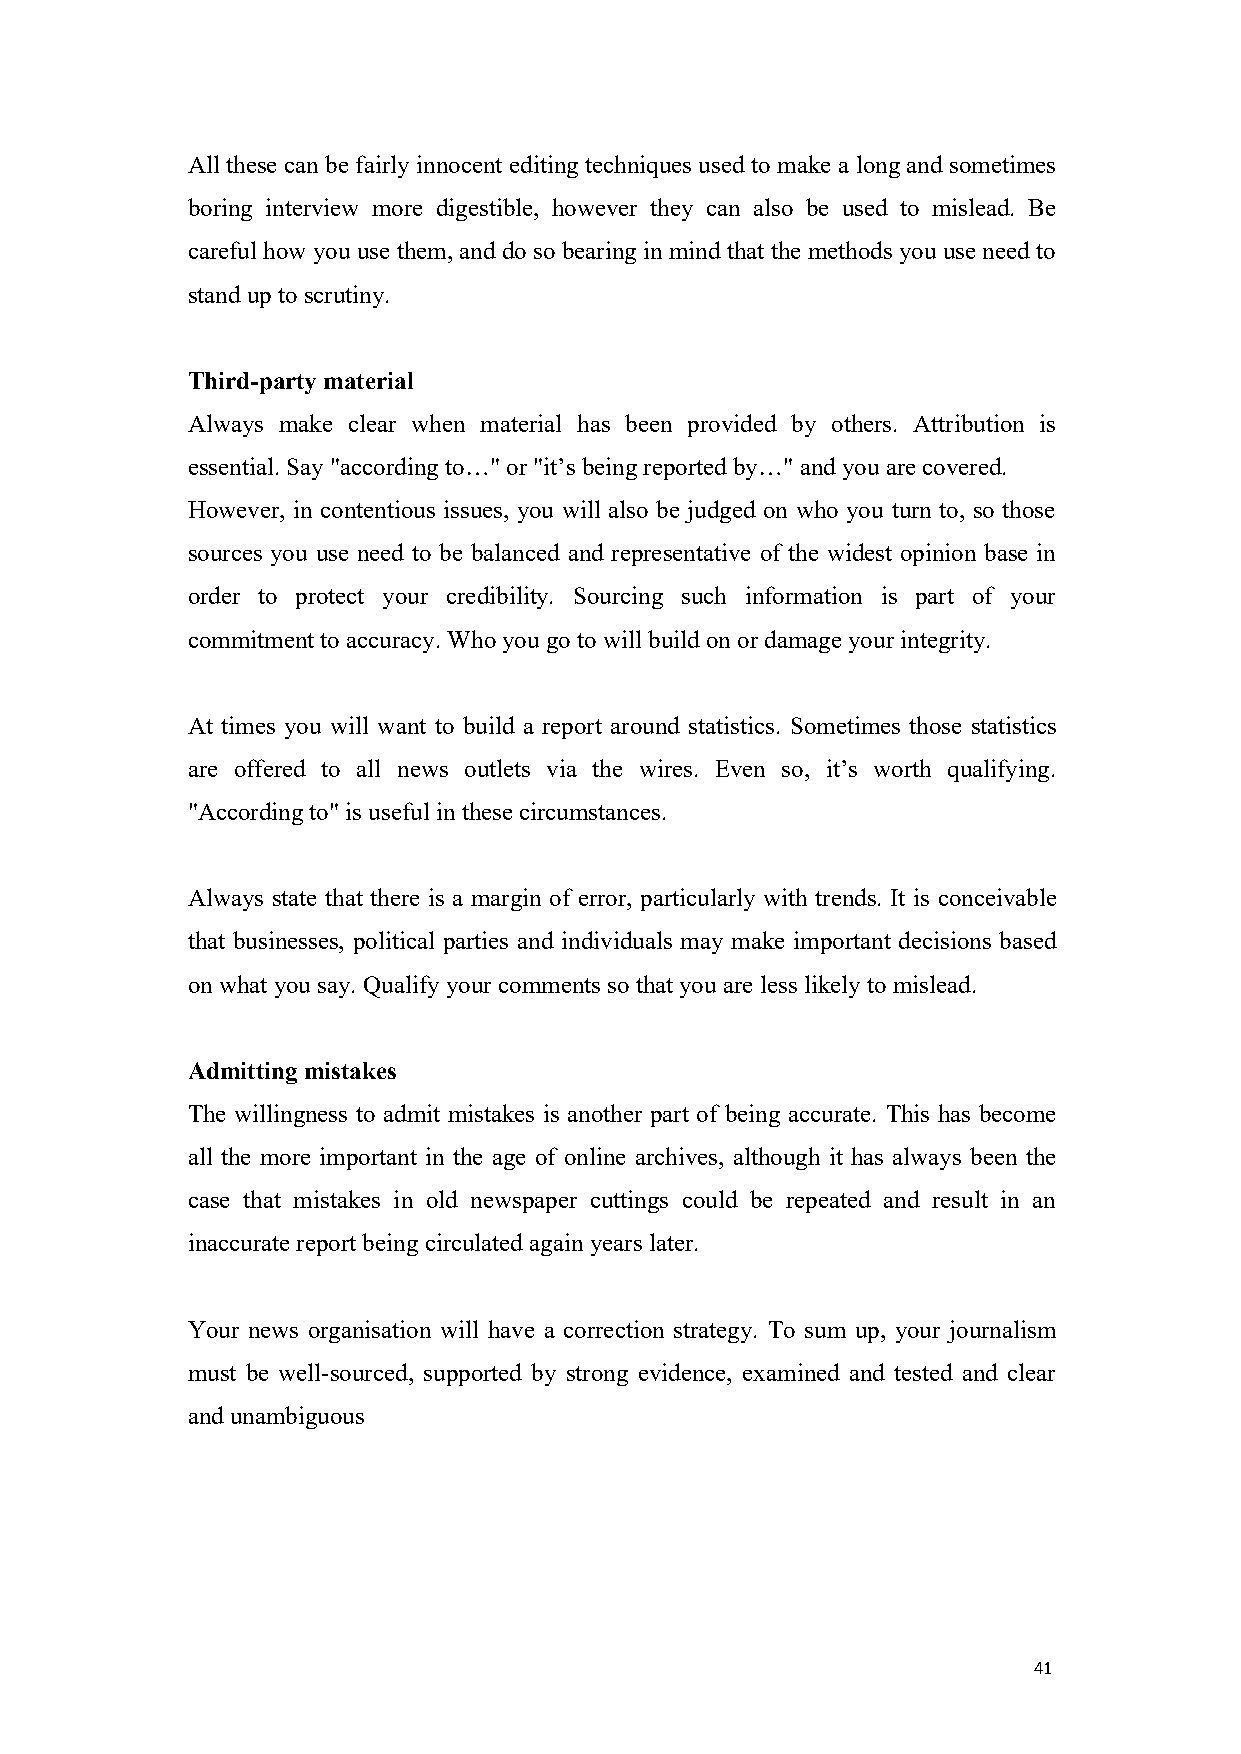
All these can be fairly innocent editing techniques used to make a longand sometimes
 boring interview more digestible, however they can also be used to mislead. Be
 careful how you use them, and do so bearing in mind that themethods you use need to
 stand upto scrutiny.
 Third-party material
 Always make clear when material has been provided by others. Attribution is
 essential. Say "according to…" or"it’s being reported by…" and you are covered.
 However, in contentious issues, you will also be judged on who you turn to, so those
 sources you use need to be balanced and representative of the widest opinion base in
 order to protect your credibility. Sourcing such information is part of your
 commitmenttoaccuracy. Whoyou go to will build onordamage your integrity.
 At times you will want to build a report around statistics. Sometimes those statistics
 are offered to all news outlets via the wires. Even so, it’s worth qualifying.
 "Accordingto" is useful in thesecircumstances.
 Always state that there is a margin of error, particularly with trends. It is conceivable
 that businesses, political parties and individuals may make important decisions based
 onwhat you say. Qualify your comments so that you are less likely to mislead.
 Admitting mistakes
 The willingness to admit mistakes is another part of being accurate. This has become
 all the more important in the age of online archives, although it has always been the
 case that mistakes in old newspaper cuttings could be repeated and result in an
 inaccuratereport being circulated again years later.
 Your news organisation will have a correction strategy. To sum up, your journalism
 must be well-sourced, supported by strong evidence, examined and tested and clear
 and unambiguous
 41